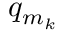
q _ { m _ { k } }